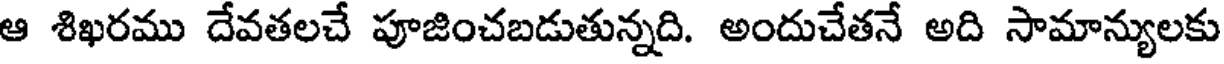
ఆ శిఖరము దేవతలచే పూజించబడుతున్నది. అందుచేతనే అది సామాన్యులకు